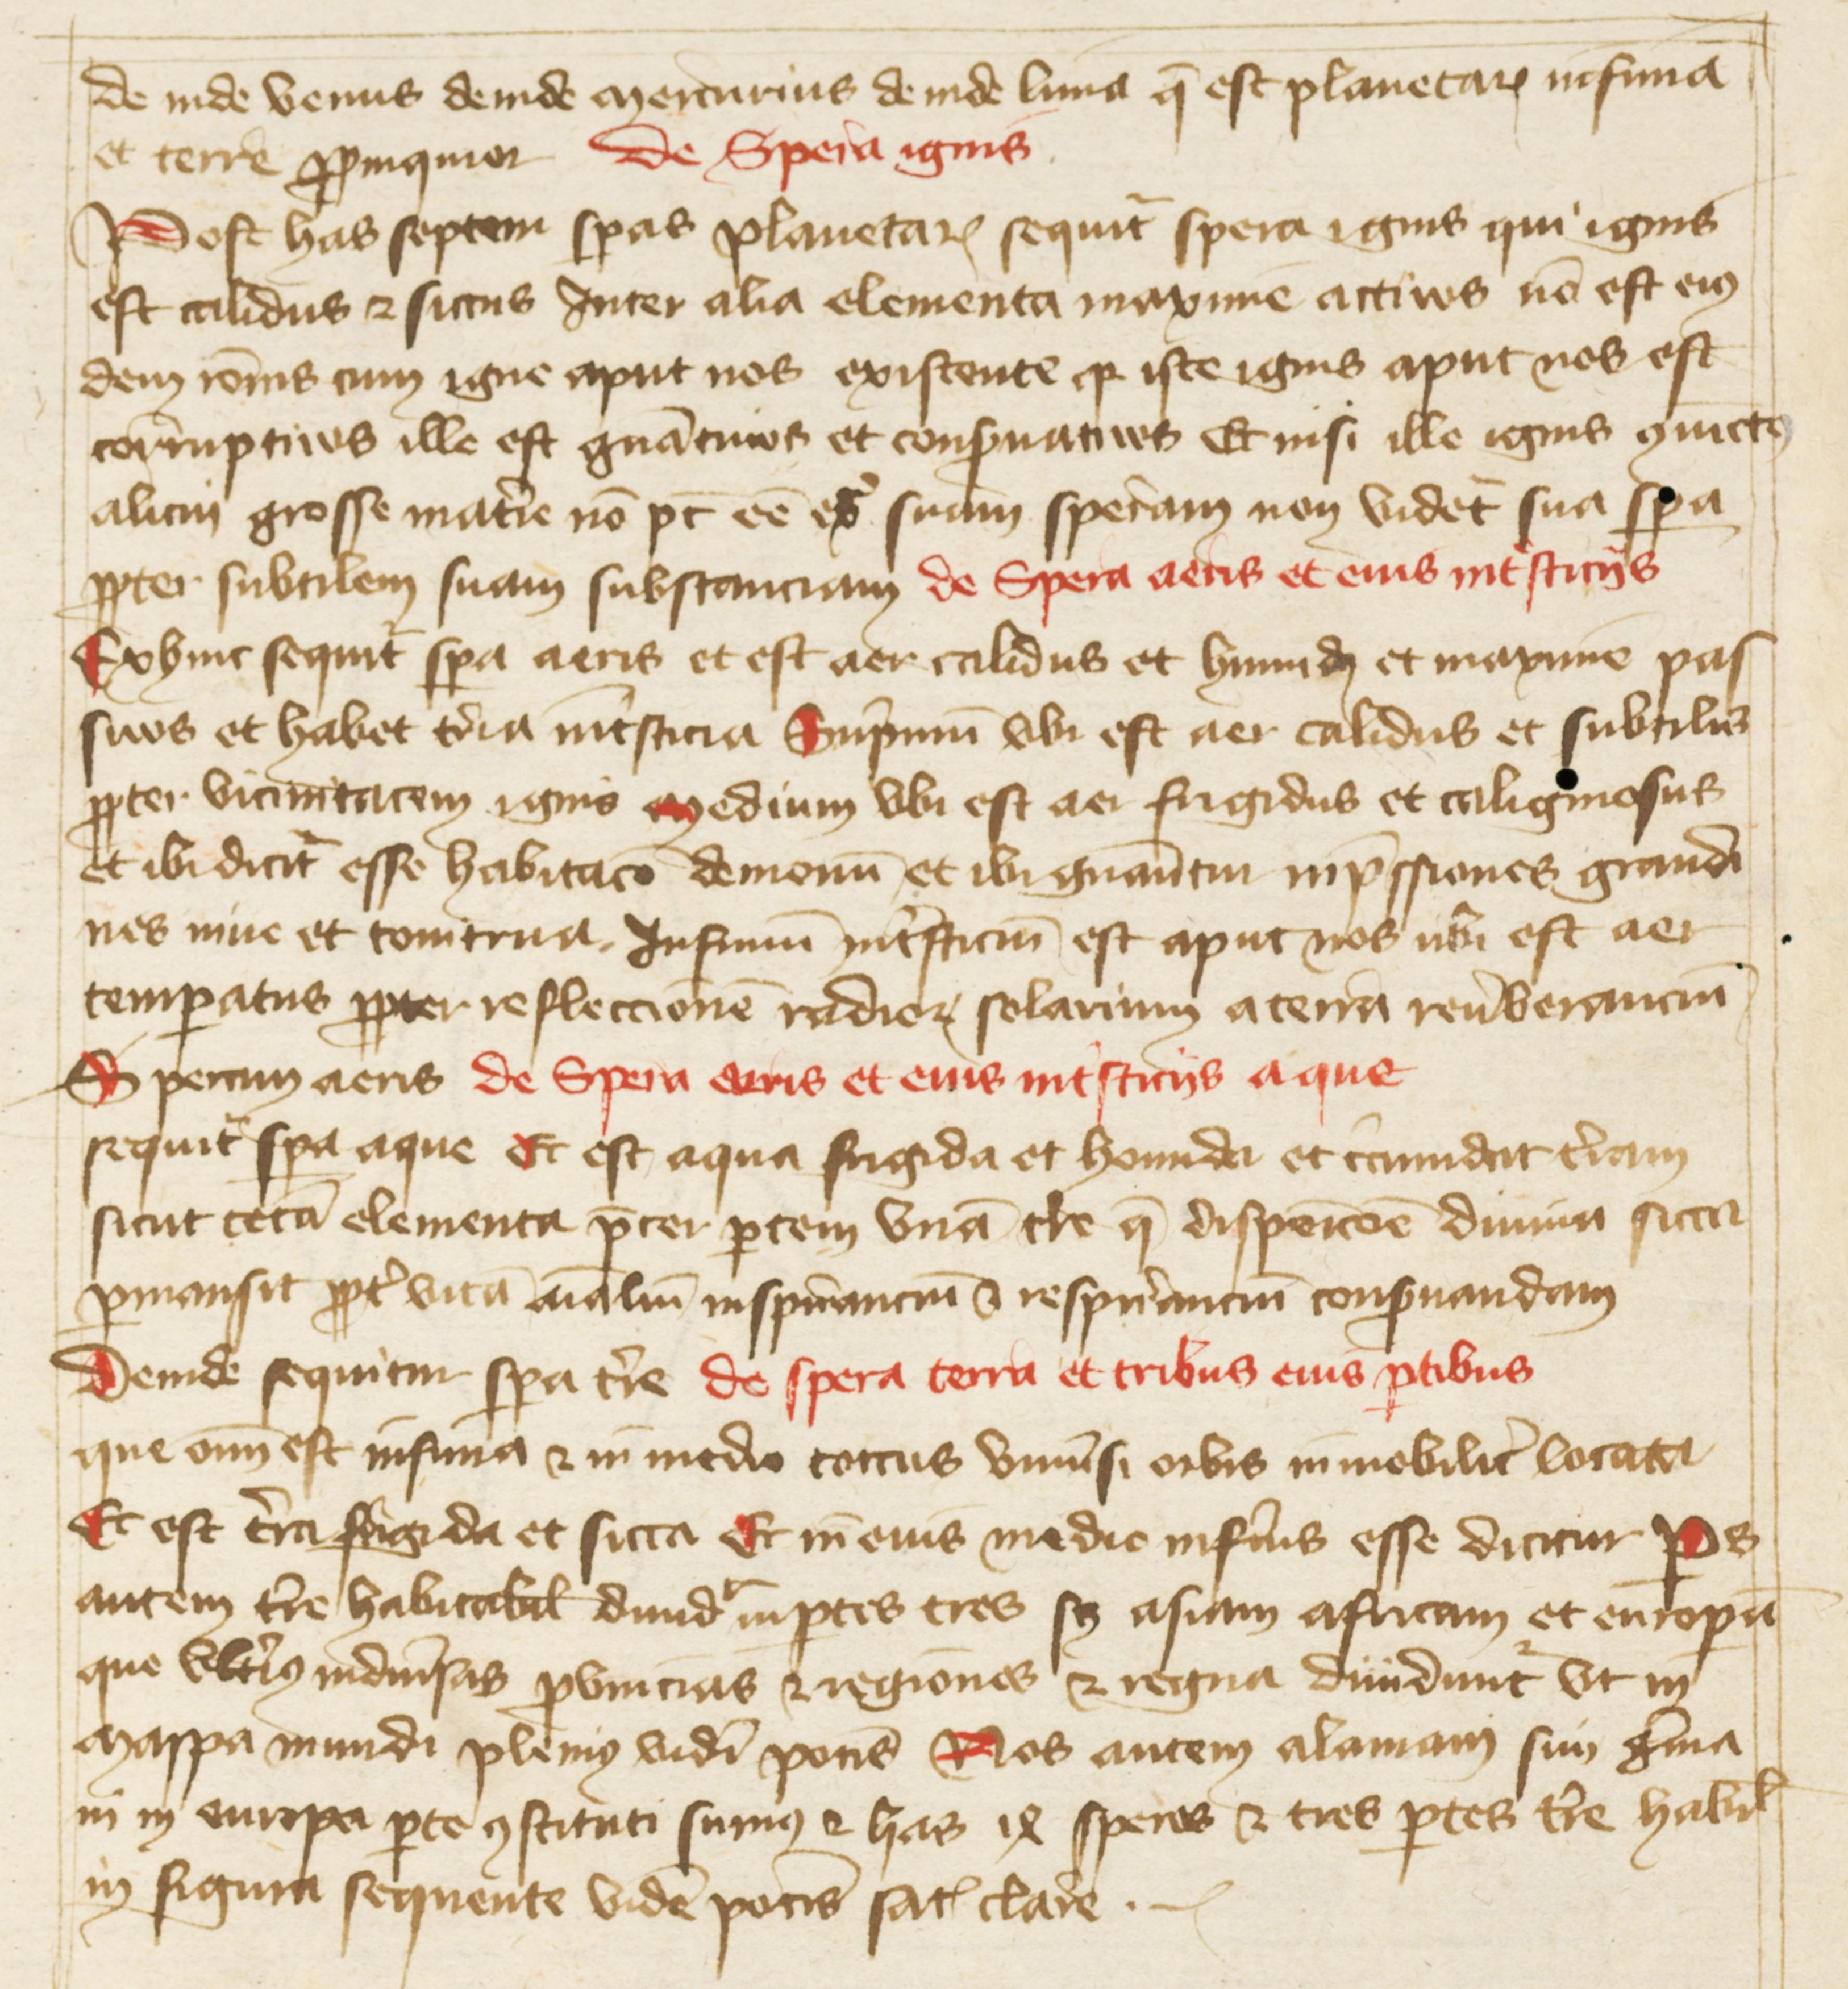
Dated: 1388–1394